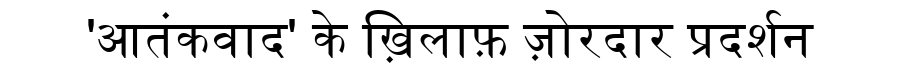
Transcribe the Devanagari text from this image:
'आतंकवाद' के ख़िलाफ़ ज़ोरदार प्रदर्शन